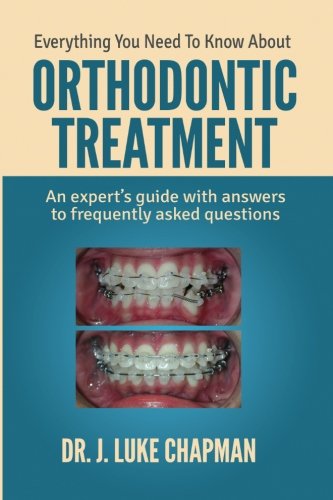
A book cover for Everything You Need To Know About Orthodontic Treatment: An expert's guide with answers to frequently asked questions; Dr. J Luke Chapman; Medical Books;